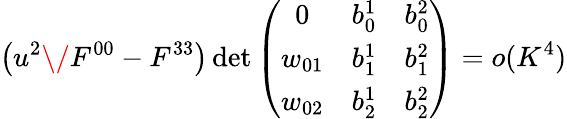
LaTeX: \left(u^{2}\/ F^{00}-F^{33}\right)\operatorname*{det}\left(\begin{array}{ccc}{{0}}&{{b_{0}^{1}}}&{{b_{0}^{2}}}\\ {{w_{01}}}&{{b_{1}^{1}}}&{{b_{1}^{2}}}\\ {{w_{02}}}&{{b_{2}^{1}}}&{{b_{2}^{2}}}\end{array}\right)=o(K^{4})